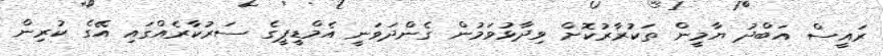
ރައީސް އަބްދު ޔާމީން ތަކުރާރުކޮށް ވިދާޅުވަމުން ގެންދަވަނީ އެމްޑީޕީގެ ސަރުކާރެއްގައި އޭގެ ކުރިން